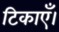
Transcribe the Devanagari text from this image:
टिकाएँ।